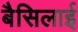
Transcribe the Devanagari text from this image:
बैसिलाई